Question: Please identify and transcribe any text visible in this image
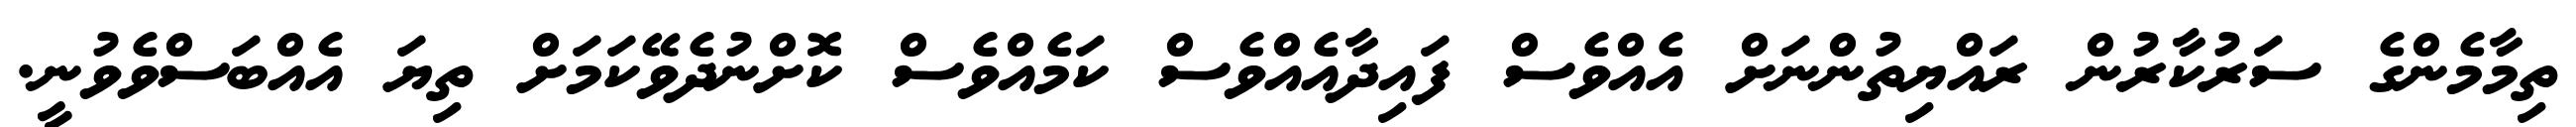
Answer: ތިމާމެންގެ ސަރުކާރުން ރައްޔިތުންނަށް އެއްވެސް ފައިދާއެއްވެސް ކަމެއްވެސް ކޮށްނުދެވޭކަމަށް ތިޔަ އެއްބަސްވެވުނީ.